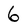
Character: 6